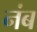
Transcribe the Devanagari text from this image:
नंब